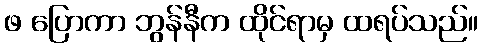
ဖ ပြောကာ ဘွန်နီက ထိုင်ရာမှ ထရပ်သည်။